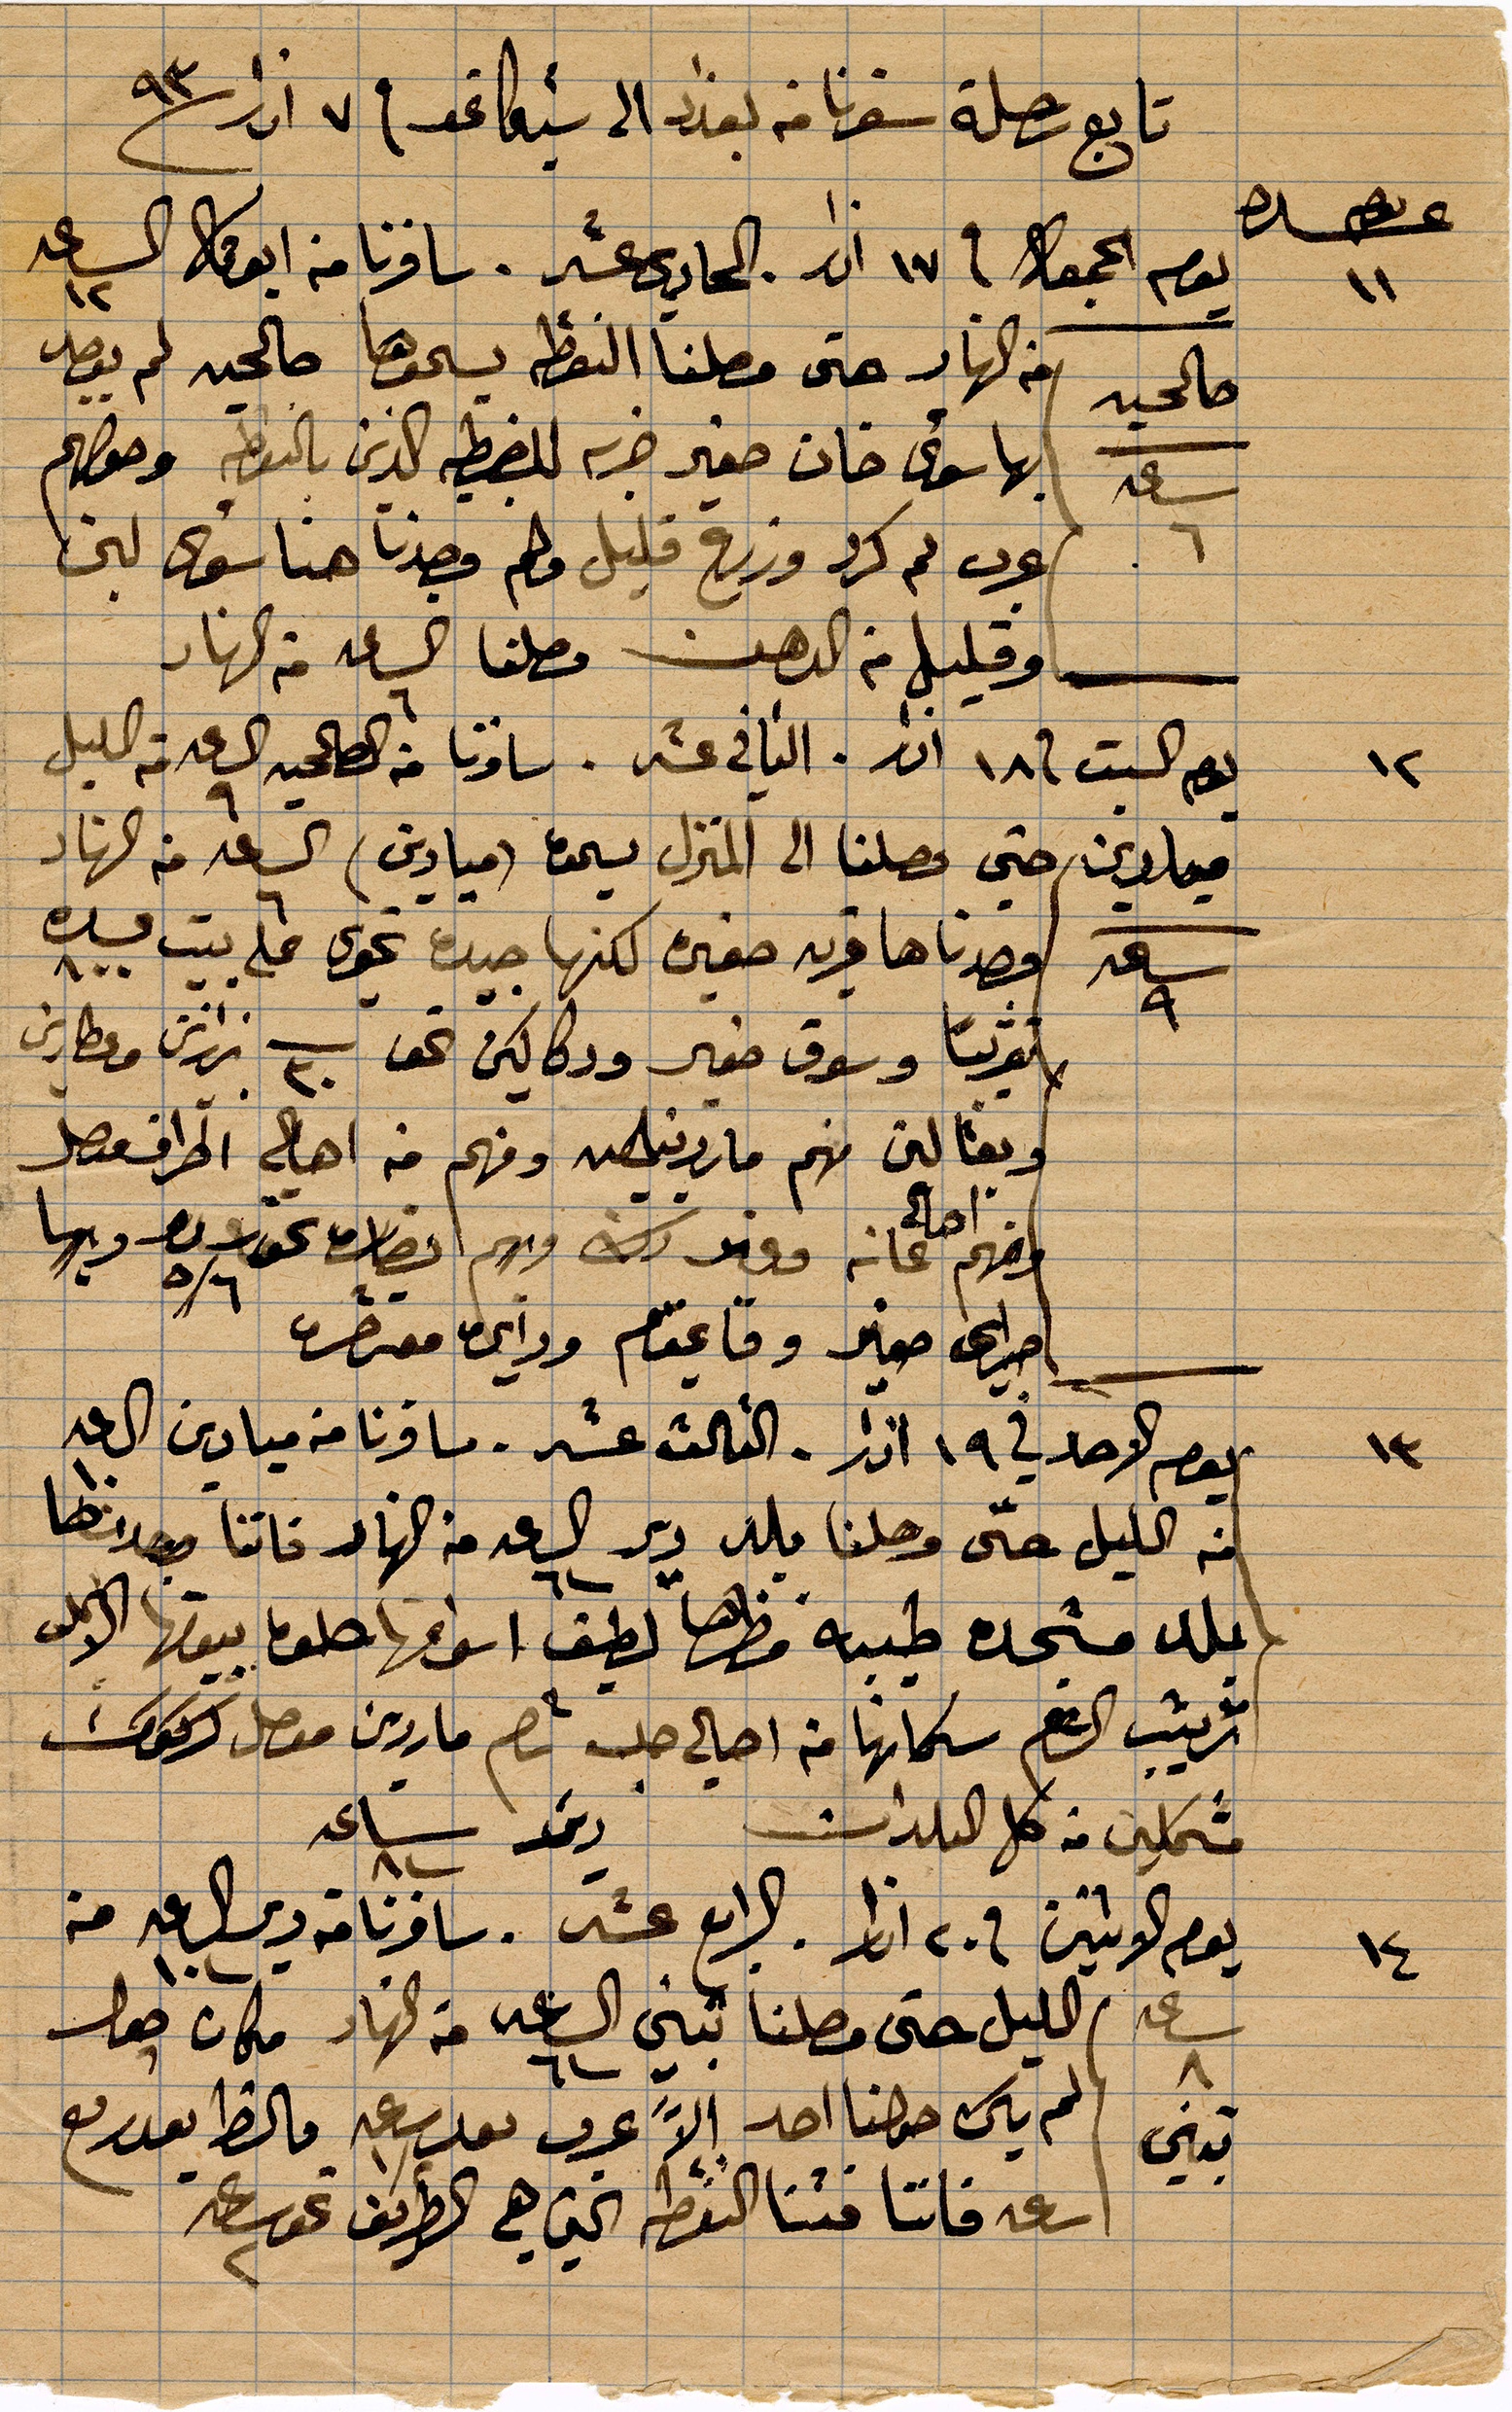
تابع رحلة سفرنا من بغداد الى شيكاغو في ٧ اذار ١٨٩٣
يوم الجمعة في ١٧ اذر الحادي عشر. شافرنا من أبو قار الساعة ١٢
من النهار حتى وصلنا النقطة يسموها صالحيه لم نقصد
بها سوى خان صغير خربة للضبطية الذين بالنقطة وحولهم
عرب ثم كرد وزرع قليل ولم وجدنا هنا سوى لبن
وقليل من الدهن وصلنا الساعة ٦ من النهار
يوم السبت في ١٨ اذار. الثاني عشر. سافرنا من الصالحيه الساعة ٩ من الليل
ميادين حتى وصلنا الى المنزل يسحق (ميادين) الساعة ٦ من النهار
قصدناها قريه صغيره لكنها جيدة نحوى ٦ كلم بين ...
تقريبًأ وسوق صغير ودكاكين نحو ٣٠ زنارين وعطارين
ونقالين منهم ماردينةومنهم من أهالي اطراف ...
ومنهم أهالي عانه ووففد ذلك منهم أنصاره نحو...
اميراي صغير وقايمقام وادي ...
يوم احد في ١٩ اذار. الثالث عشر. سافرنا من ميادين الساعة ١٠
من الليل حتى وصلنا بلد دير الساعد ٦ من النهار فاتنا بعد انها
بلد مستجده طيبه مظهرها لطيف أسواقها حلوه بيوتها الأعلى
ترتيب ... شكانها من أهالي حلب ... ماردين موصل كركوك
مشملين من كل البلدات ... ساعة ٨
يوم الاثنين في ٢٠ اذار. الرابع عشر. سافرنا من دير الساعة ١٠ من
الليل حتى وصلنا تبني الساعة ٦ من النهار مكان حول
لم يكن حولنا احد الا عرب بعد ساعة ما الحظ بعد ربع
ساعة فاتنا فتنا النقطة التي هي الطريق نحو الساعة ٢